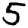
Digit: 5